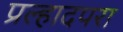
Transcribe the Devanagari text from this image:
प्रल्हादपरा